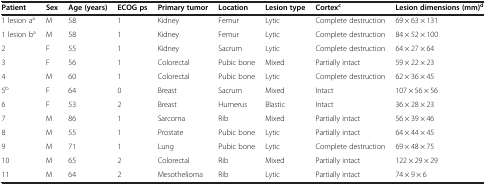
| Patient | Sex | Age (years) | ECOG ps | Primary tumor | Location | Lesion type | Cortexc | Lesion dimensions (mm)d |
 | --- | --- | --- | --- | --- | --- | --- | --- | --- |
 | 1 lesion aa | M | 58 | 1 | Kidney | Femur | Lytic | Complete destruction | 69 × 63 × 131 |
 | 1 lesion ba | M | 58 | 1 | Kidney | Femur | Lytic | Complete destruction | 84 × 52 × 100 |
 | 2 | F | 55 | 1 | Kidney | Sacrum | Lytic | Complete destruction | 64 × 27 × 64 |
 | 3 | F | 56 | 1 | Colorectal | Pubic bone | Mixed | Partially intact | 59 × 22 × 23 |
 | 4 | M | 60 | 1 | Colorectal | Pubic bone | Lytic | Complete destruction | 62 × 36 × 45 |
 | 5b | F | 64 | 0 | Breast | Sacrum | Mixed | Intact | 107 × 56 × 56 |
 | 6 | F | 53 | 2 | Breast | Humerus | Blastic | Intact | 36 × 28 × 23 |
 | 7 | M | 86 | 1 | Sarcoma | Rib | Mixed | Partially intact | 56 × 39 × 46 |
 | 8 | M | 55 | 1 | Prostate | Pubic bone | Lytic | Partially intact | 64 × 44 × 45 |
 | 9 | M | 71 | 1 | Lung | Pubic bone | Lytic | Complete destruction | 69 × 48 × 75 |
 | 10 | M | 65 | 2 | Colorectal | Rib | Mixed | Partially intact | 122 × 29 × 29 |
 | 11 | M | 64 | 2 | Mesothelioma | Rib | Lytic | Partially intact | 74 × 9 × 6 |